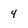
Character: 4